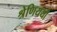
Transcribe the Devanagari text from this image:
श्रेणिययों